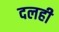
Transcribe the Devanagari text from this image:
दलही